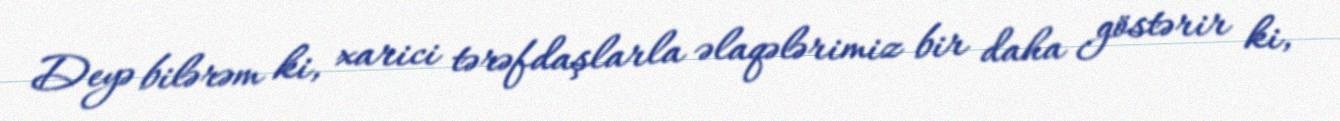
Deyə bilərəm ki, xarici tərəfdaşlarla əlaqələrimiz bir daha göstərir ki,